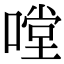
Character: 嘡